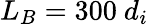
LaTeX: L_{B}=300\ d_{i}